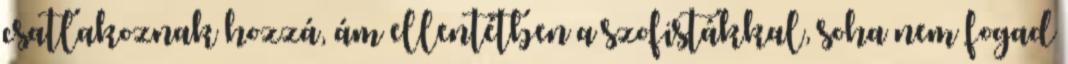
csatlakoznak hozzá, ám ellentétben a szofistákkal, soha nem fogad